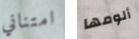
امتناني ألومها